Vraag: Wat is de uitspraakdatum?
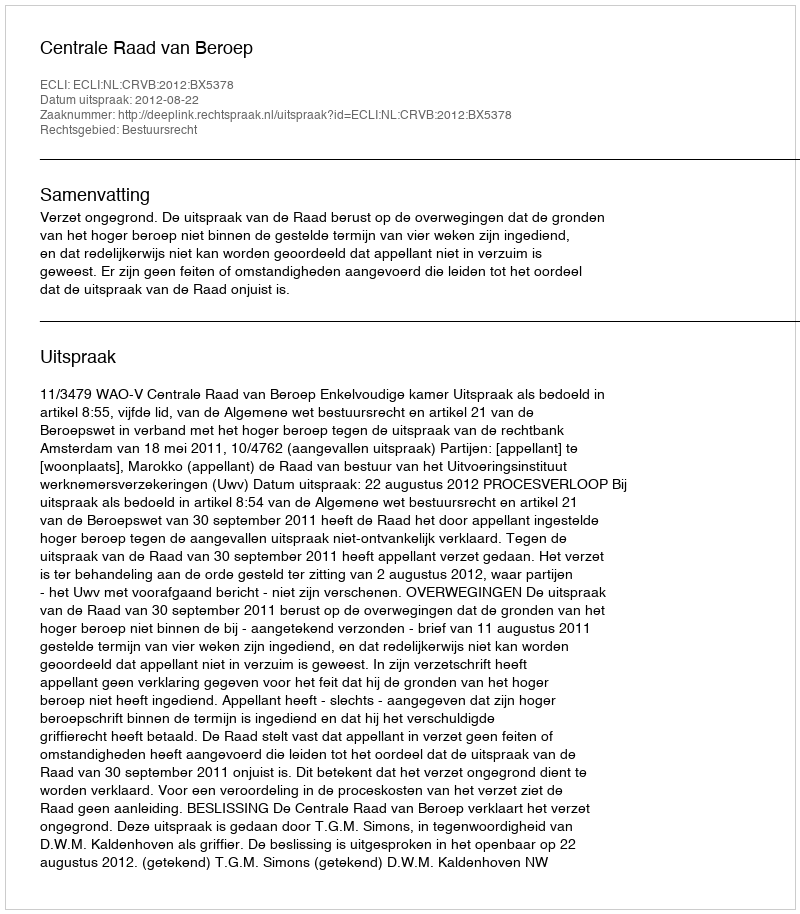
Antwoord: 2012-08-22